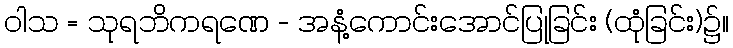
ဝါသ = သုရဘိကရဏေ - အနံ့ကောင်းအောင်ပြုခြင်း (ထုံခြင်း)၌။